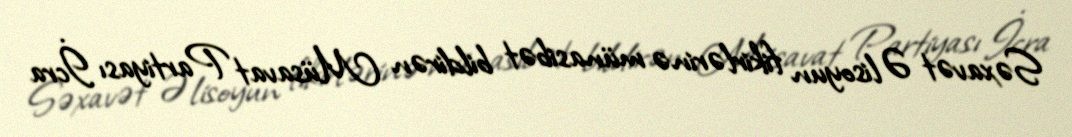
Səxavət Əlisoyun fikirlərinə münasibət bildirən Müsavat Partiyası İcra